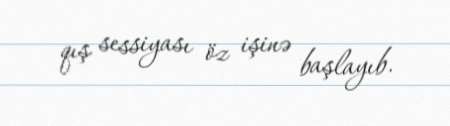
qış sessiyası öz işinə başlayıb.